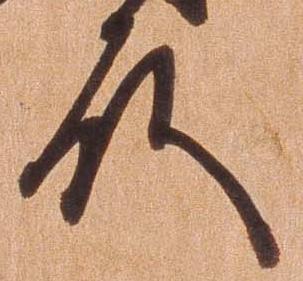
殿